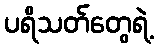
ပရိသတ်တွေရဲ့